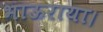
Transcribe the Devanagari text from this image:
भाऊराया।